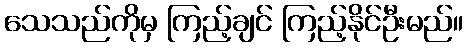
သေသည်ကိုမှ ကြည့်ချင် ကြည့်နိုင်ဦးမည်။